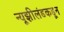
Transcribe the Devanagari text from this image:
न्यूझीलंडकडून